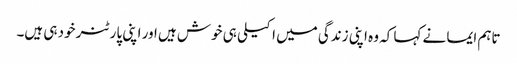
تاہم ایما نے کہا کہ وہ اپنی زندگی میں اکیلی ہی خوش ہیں اور اپنی پارٹنر خود ہی ہیں۔